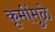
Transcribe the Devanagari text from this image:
कृमींमुळे